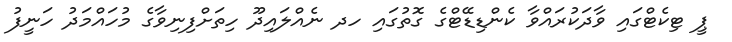
ޕީ ޓިކެޓްގައި ވާދަކުރައްވާ ކެންޑިޑޭޓްގެ ގޮތުގައި ހދ ނެއްލައިދޫ ހިތަށްފިނިވާގެ މުހައްމަދު ހަނީފު